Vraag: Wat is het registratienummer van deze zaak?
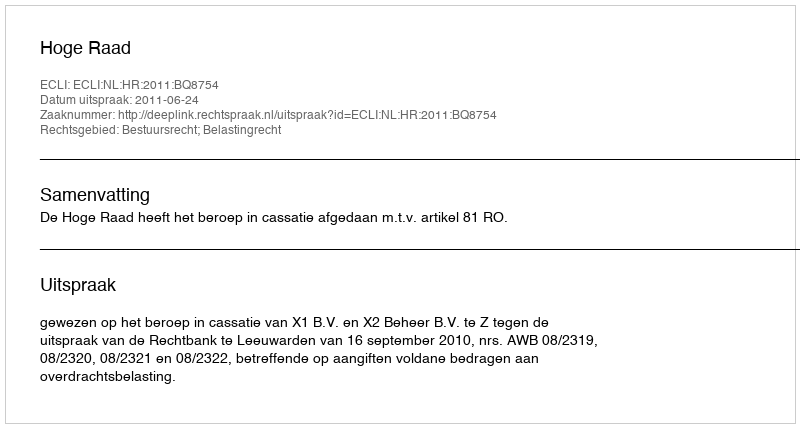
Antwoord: http://deeplink.rechtspraak.nl/uitspraak?id=ECLI:NL:HR:2011:BQ8754